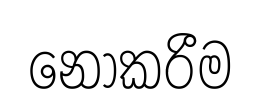
නොකරීම